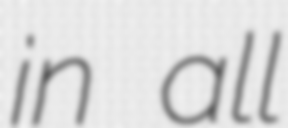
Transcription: in all